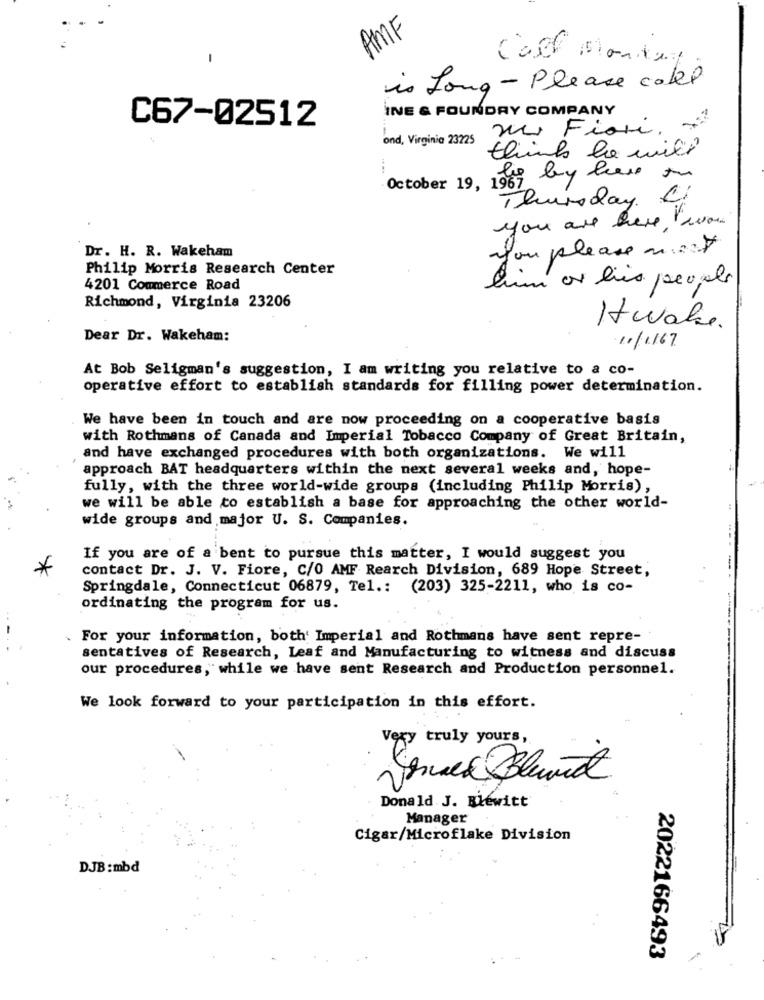
AMF
-
Call Monkey
is Long - Please call
INE & FOUNDRY COMPANY
C67-02512
w Fiori,
ond, Virginia 23225
think he with
October 19, 1969 by lease to
Thursday C
you are here, "won
Dr. H. R. Wakeham
you please my
Philip Morris Research Center
him or les people
4201 Commerce Road
Richmond, Virginia 23206
Itwake.
Dear Dr. Wakeham:
11/1167
At Bob Seligman's suggestion, I am writing you relative to a co-
operative effort to establish standards for filling power determination.
We have been in touch and are now proceeding on a cooperative basis
with Rothmans of Canada and Imperial Tobacco Company of Great Britain,
and have exchanged procedures with both organizations. We will
approach BAT headquarters within the next several weeks and, hope-
fully, with the three world-wide groups (including Philip Morris),
we will be able to establish a base for approaching the other world-
wide groups and major U. S. Companies.
If you are of a bent to pursue this matter, I would suggest you
*
contact Dr. J. V. Fiore, C/0 AMF Rearch Division, 689 Hope Street,
Springdale, Connecticut 06879, Tel .: (203) 325-2211, who is co-
ordinating the program for us.
.
For your information, both' Imperial and Rothmans have sent repre-
sentatives of Research, Leaf and Manufacturing to witness and discuss
our procedures, while we have sent Research and Production personnel.
We look forward to your participation in this effort.
Very truly yours,
Donald J. Blewitt
Manager
Cigar/Microflake Division
DJB :mbd
2022166493